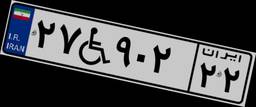
۶۴W۸۲۳۱۷